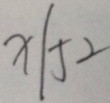
X \vert 5 2